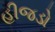
હીજડો